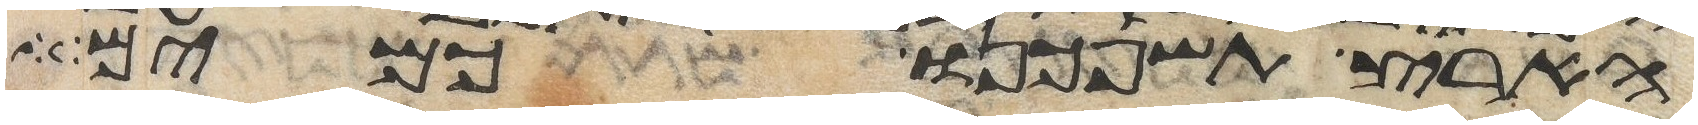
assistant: הארץ תשפכנו כמים